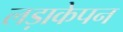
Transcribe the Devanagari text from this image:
लड़ाकेपन